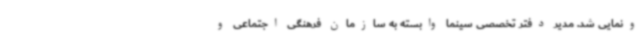
ونمایی شد. مدیر دفتر تخصصی سینما وابسته به سازمان فرهنگی اجتماعی و